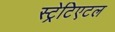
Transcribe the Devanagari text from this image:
स्ट्रेटिएटल